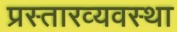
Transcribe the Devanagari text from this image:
प्रस्तारव्यवस्था